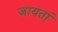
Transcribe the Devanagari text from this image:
जायतां